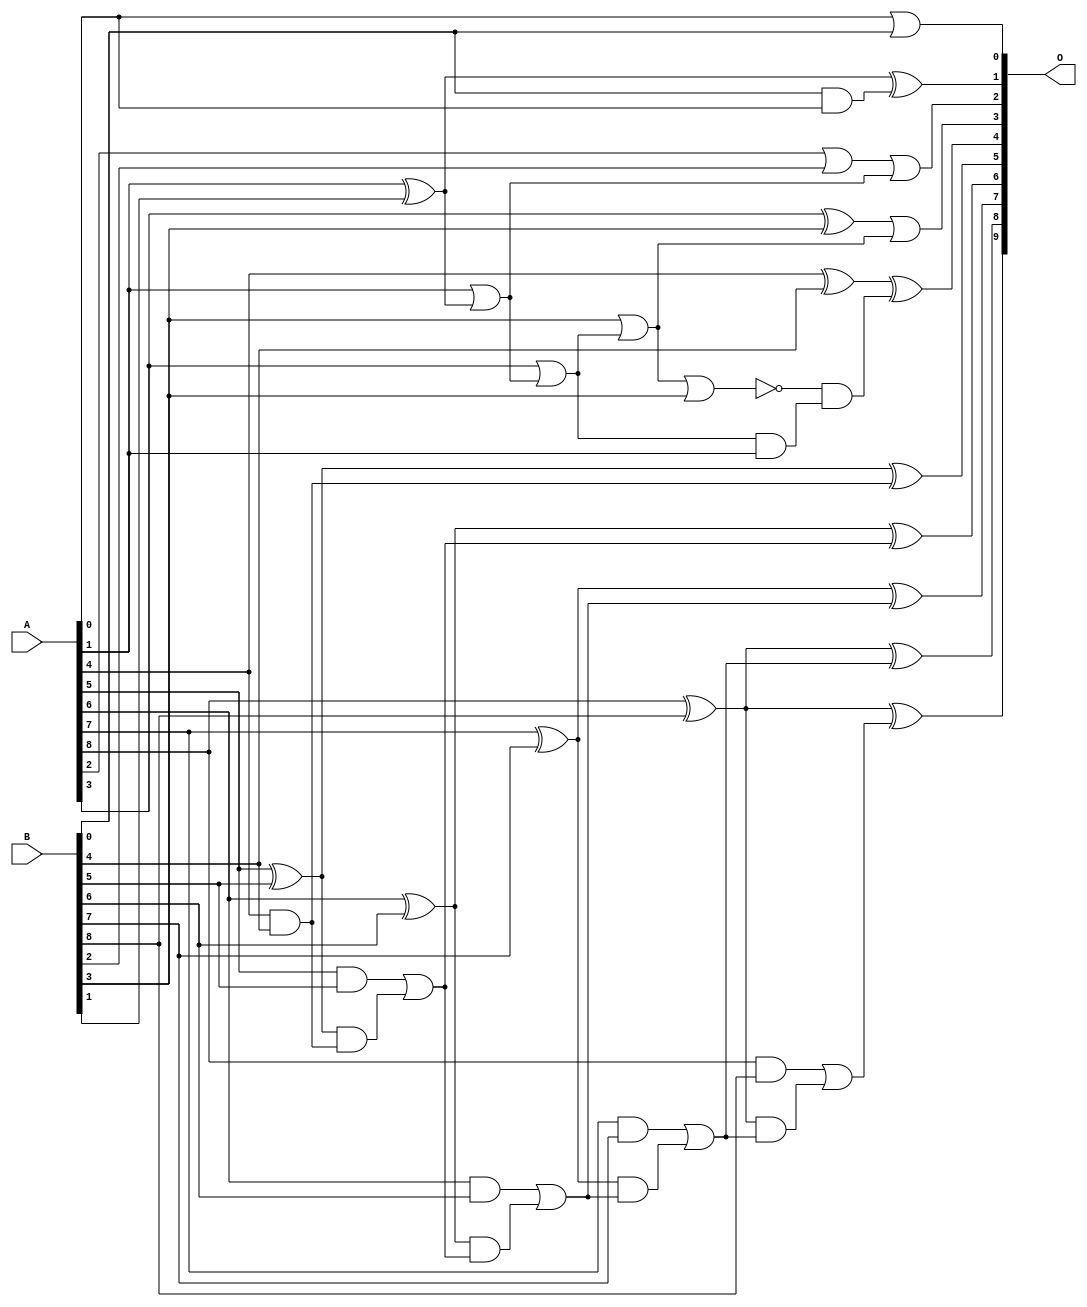
// This program was cloned from: https://github.com/ehw-fit/evoapproxlib
// License: MIT License

/***
* This code is a part of EvoApproxLib library (ehw.fit.vutbr.cz/approxlib) distributed under The MIT License.
* When used, please cite the following article(s): V. Mrazek, L. Sekanina, Z. Vasicek "Libraries of Approximate Circuits: Automated Design and Application in CNN Accelerators" IEEE Journal on Emerging and Selected Topics in Circuits and Systems, Vol 10, No 4, 2020 
* This file contains a circuit from a sub-set of pareto optimal circuits with respect to the pwr and ep parameters
***/
// MAE% = 0.94 %
// MAE = 4.8 
// WCE% = 3.12 %
// WCE = 16 
// WCRE% = 800.00 %
// EP% = 76.56 %
// MRE% = 9.87 %
// MSE = 40 
// PDK45_PWR = 0.028 mW
// PDK45_AREA = 78.8 um2
// PDK45_DELAY = 0.39 ns

module add9se_05G (
    A,
    B,
    O
);

input [8:0] A;
input [8:0] B;
output [9:0] O;

wire sig_18,sig_19,sig_20,sig_23,sig_24,sig_25,sig_27,sig_28,sig_29,sig_30,sig_31,sig_32,sig_33,sig_34,sig_35,sig_36,sig_38,sig_40,sig_41,sig_42;
wire sig_43,sig_44,sig_45,sig_46,sig_47,sig_48,sig_49,sig_50,sig_51,sig_52,sig_53,sig_54,sig_55,sig_56,sig_57,sig_58,sig_59,sig_60,sig_61;

assign sig_18 = A[0] | B[0];
assign sig_19 = B[0] & A[0];
assign sig_20 = A[1] ^ B[1];
assign sig_23 = sig_20 ^ sig_19;
assign sig_24 = A[1] | sig_20;
assign sig_25 = A[2] | B[2];
assign sig_27 = A[3] | sig_24;
assign sig_28 = sig_25 | sig_24;
assign sig_29 = B[3] | sig_27;
assign sig_30 = A[3] ^ B[3];
assign sig_31 = ~(sig_29 | B[3]);
assign sig_32 = sig_27 & A[1];
assign sig_33 = sig_30 | sig_29;
assign sig_34 = sig_31 & sig_32;
assign sig_35 = A[4] ^ B[4];
assign sig_36 = A[4] & B[4];
assign sig_38 = sig_35 ^ sig_34;
assign sig_40 = A[5] ^ B[5];
assign sig_41 = A[5] & B[5];
assign sig_42 = sig_40 & sig_36;
assign sig_43 = sig_40 ^ sig_36;
assign sig_44 = sig_41 | sig_42;
assign sig_45 = A[6] ^ B[6];
assign sig_46 = A[6] & B[6];
assign sig_47 = sig_45 & sig_44;
assign sig_48 = sig_45 ^ sig_44;
assign sig_49 = sig_46 | sig_47;
assign sig_50 = A[7] ^ B[7];
assign sig_51 = A[7] & B[7];
assign sig_52 = sig_50 & sig_49;
assign sig_53 = sig_50 ^ sig_49;
assign sig_54 = sig_51 | sig_52;
assign sig_55 = A[8] ^ B[8];
assign sig_56 = A[8] & B[8];
assign sig_57 = sig_55 & sig_54;
assign sig_58 = sig_55 ^ sig_54;
assign sig_59 = sig_56 | sig_57;
assign sig_60 = A[8] ^ B[8];
assign sig_61 = sig_60 ^ sig_59;

assign O[9] = sig_61;
assign O[8] = sig_58;
assign O[7] = sig_53;
assign O[6] = sig_48;
assign O[5] = sig_43;
assign O[4] = sig_38;
assign O[3] = sig_33;
assign O[2] = sig_28;
assign O[1] = sig_23;
assign O[0] = sig_18;

endmodule